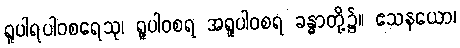
ရူပါရပါဝစရေသု၊ ရူပါဝစရ အရူပါဝစရ ခန္ဓာတို့၌။ ဧသနယော၊